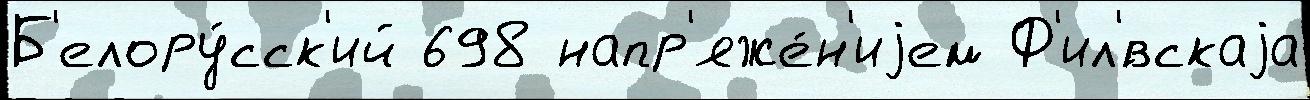
Б'елору́сск'ий 698 напр'яже́н'иjем Ф'ил'́вскаjа